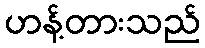
ဟန့်တားသည်